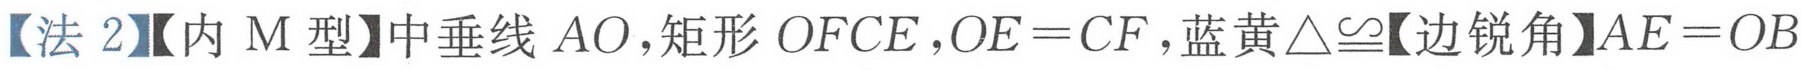
【法 2】【内 M 型】中垂线 \(AO\)，矩形 \(OFCE\)，\(OE = CF\)，蓝黄\(\triangle\cong\)【边锐角】\(AE = OB\)